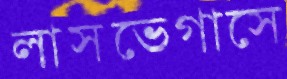
লাসভেগাসে